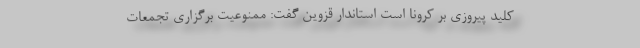
کلید پیروزی بر کرونا است استاندار قزوین گفت:‌ ممنوعیت برگزاری تجمعات